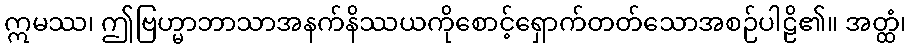
ဣမဿ၊ ဤဗြဟ္မာဘာသာအနက်နိဿယကိုစောင့်ရှောက်တတ်သောအစဉ်ပါဠိ၏။ အတ္ထံ၊